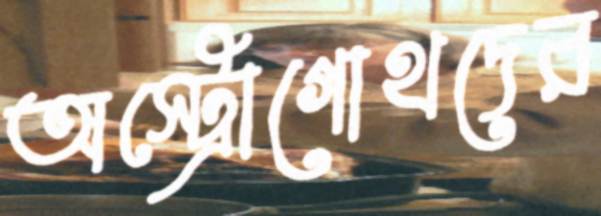
অস্ট্রোগোথদের